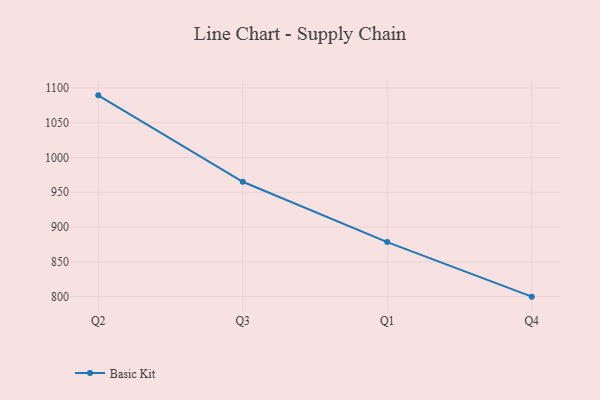
{"axis": {"x": "Quarter", "y": "Conversion Rate (%)"}, "legend": ["Basic Kit"], "data": [{"x": "Q2", "y": 1089.3, "type": "Basic Kit"}, {"x": "Q3", "y": 965.1, "type": "Basic Kit"}, {"x": "Q1", "y": 878.4, "type": "Basic Kit"}, {"x": "Q4", "y": 800, "type": "Basic Kit"}]}